Report on vaccination in the Province of Bengal - 1869-1873
Year: 1869
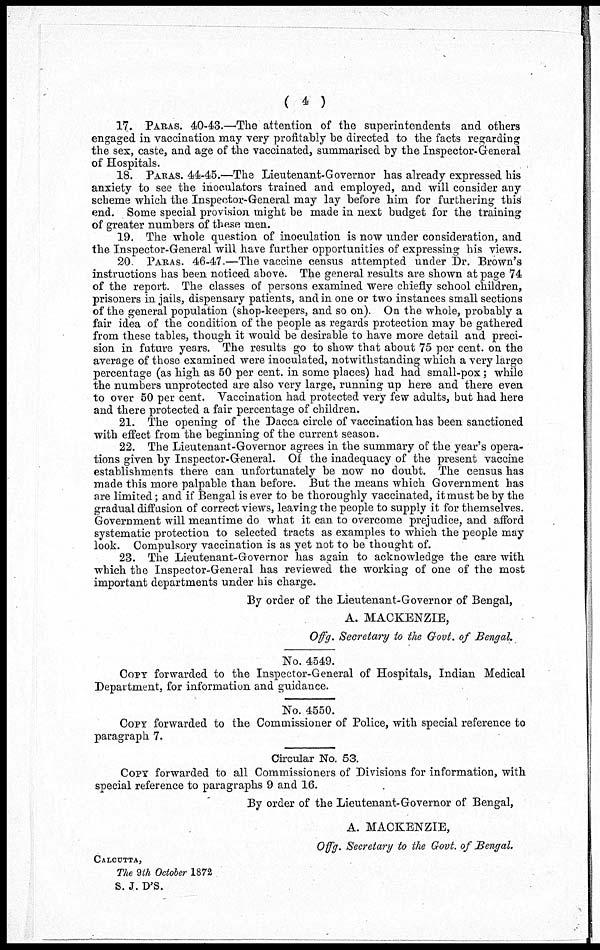
( 4 )
17. PARAS. 40-43.—The attention of the superintendents and others
engaged in vaccination may very profitably be directed to the facts regarding
the sex, caste, and age of the vaccinated, summarised, by the Inspector-General
of Hospitals.
18. PARAS. 44-45.—The Lieutenant-Governor has already expressed his
anxiety to see the inoculators trained and employed, and will consider any
scheme which the Inspector-General may lay before him for furthering this
end. Some special provision might be made in next budget for the training
of greater numbers of these men.
19. The whole question of inoculation is now under consideration, and
the Inspector-General will have further opportunities of expressing his views.
20. PARAS. 46-47.—The vaccine census attempted under Dr. Brown's
instructions has been noticed above. The general results are shown at page 74
of the report. The classes of persons examined were chiefly school children,
prisoners in jails, dispensary patients, and in one or two instances small sections
of the general population (shop-keepers, and so on). On the whole, probably a
fair idea of the condition of the people as regards protection may be gathered
from these tables, though it would be desirable to have more detail and preci-
sion in future years. The results go to show that about 75 per cent. on the
average of those examined were inoculated, notwithstanding which a very large
percentage (as high as 50 per cent. in some places) had had small-pox; while
the numbers unprotected are also very large, running up here and there even
to over 50 per cent. Vaccination had protected very few adults, but had here
and there protected a fair percentage of children.
21. The opening of the Dacca circle of vaccination has been sanctioned
with effect from the beginning of the current season.
22. The Lieutenant-Governor agrees in the summary of the year's opera-
tions given by Inspector-General. Of the inadequacy of the present vaccine
establishments there can unfortunately be now no doubt. The census has
made this more palpable than before. But the means which Government has
are limited; and if Bengal is ever to be thoroughly vaccinated, it must be by the
gradual diffusion of correct views, leaving the people to supply it for themselves.
Government will meantime do what it can to overcome prejudice, and afford
systematic protection to selected tracts as examples to which the people may
look. Compulsory vaccination is as yet not to be thought of.
23. The Lieutenant-Governor has again to acknowledge the care with
which the Inspector-General has reviewed the working of one of the most
important departments under his charge.
By order of the Lieutenant-Governor of Bengal,
A. MACKENZIE,
Offg. Secretary to the Govt. of Bengal.
No. 4549.
COPY forwarded to the Inspector-General of Hospitals, Indian Medical
Department, for information and guidance.
No. 4550.
COPY forwarded to the Commissioner of Police, with special reference to
paragraph 7.
Circular No. 53.
COPY forwarded to all Commissioners of Divisions for information, with
special reference to paragraphs 9 and 16.
By order of the Lieutenant-Governor of Bengal,
A. MACKENZIE,
Offg. Secretary to the Govt. of Bengal.
CALCUTTA,
The 9th October 1872
S. J. D'S.